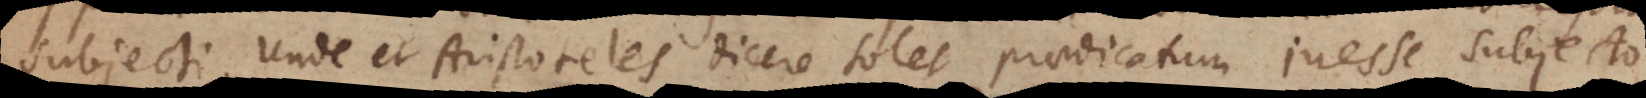
subjecti. Unde et Aristoteles dicere solet praedicatum inesse subjecto.